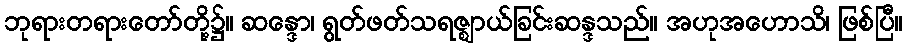
ဘုရားတရားတော်တို့၌။ ဆန္ဒော၊ ရွတ်ဖတ်သရဇ္ဈာယ်ခြင်းဆန္ဒသည်။ အဟုအဟောသိ၊ ဖြစ်ပြီ။